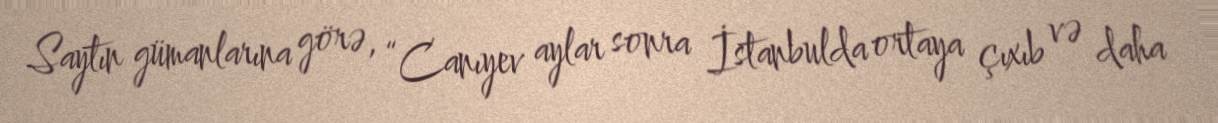
Saytın gümanlarına görə, “Canıyev aylar sonra İstanbulda ortaya çıxıb və daha